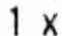
1 X